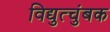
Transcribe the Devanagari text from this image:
विद्युत्चुंबक